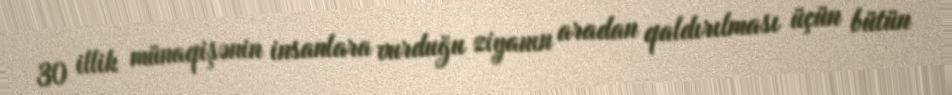
30 illik münaqişənin insanlara vurduğu ziyanın aradan qaldırılması üçün bütün